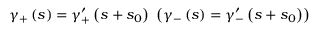
\gamma _ { + } \left( s \right) = \gamma _ { + } ^ { \prime } \left( s + s _ { 0 } \right) \; \left( \gamma _ { - } \left( s \right) = \gamma _ { - } ^ { \prime } \left( s + s _ { 0 } \right) \right)